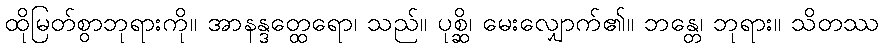
ထိုမြတ်စွာဘုရားကို။ အာနန္ဒတ္ထေရော၊ သည်။ ပုစ္ဆိ၊ မေးလျှောက်၏။ ဘန္တေ၊ ဘုရား။ သိတဿ